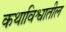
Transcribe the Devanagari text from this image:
कथाविश्वातील